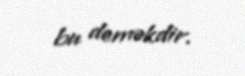
bu deməkdir.